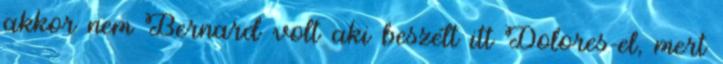
akkor nem Bernard volt aki beszélt itt Dolores-el, mert